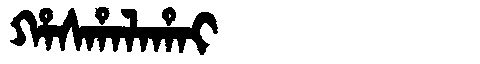
Manchu: ᡥᠠᠰᡥᠠᠯᠠᡥᠠᡳ
Romanization: HASHALAHAI